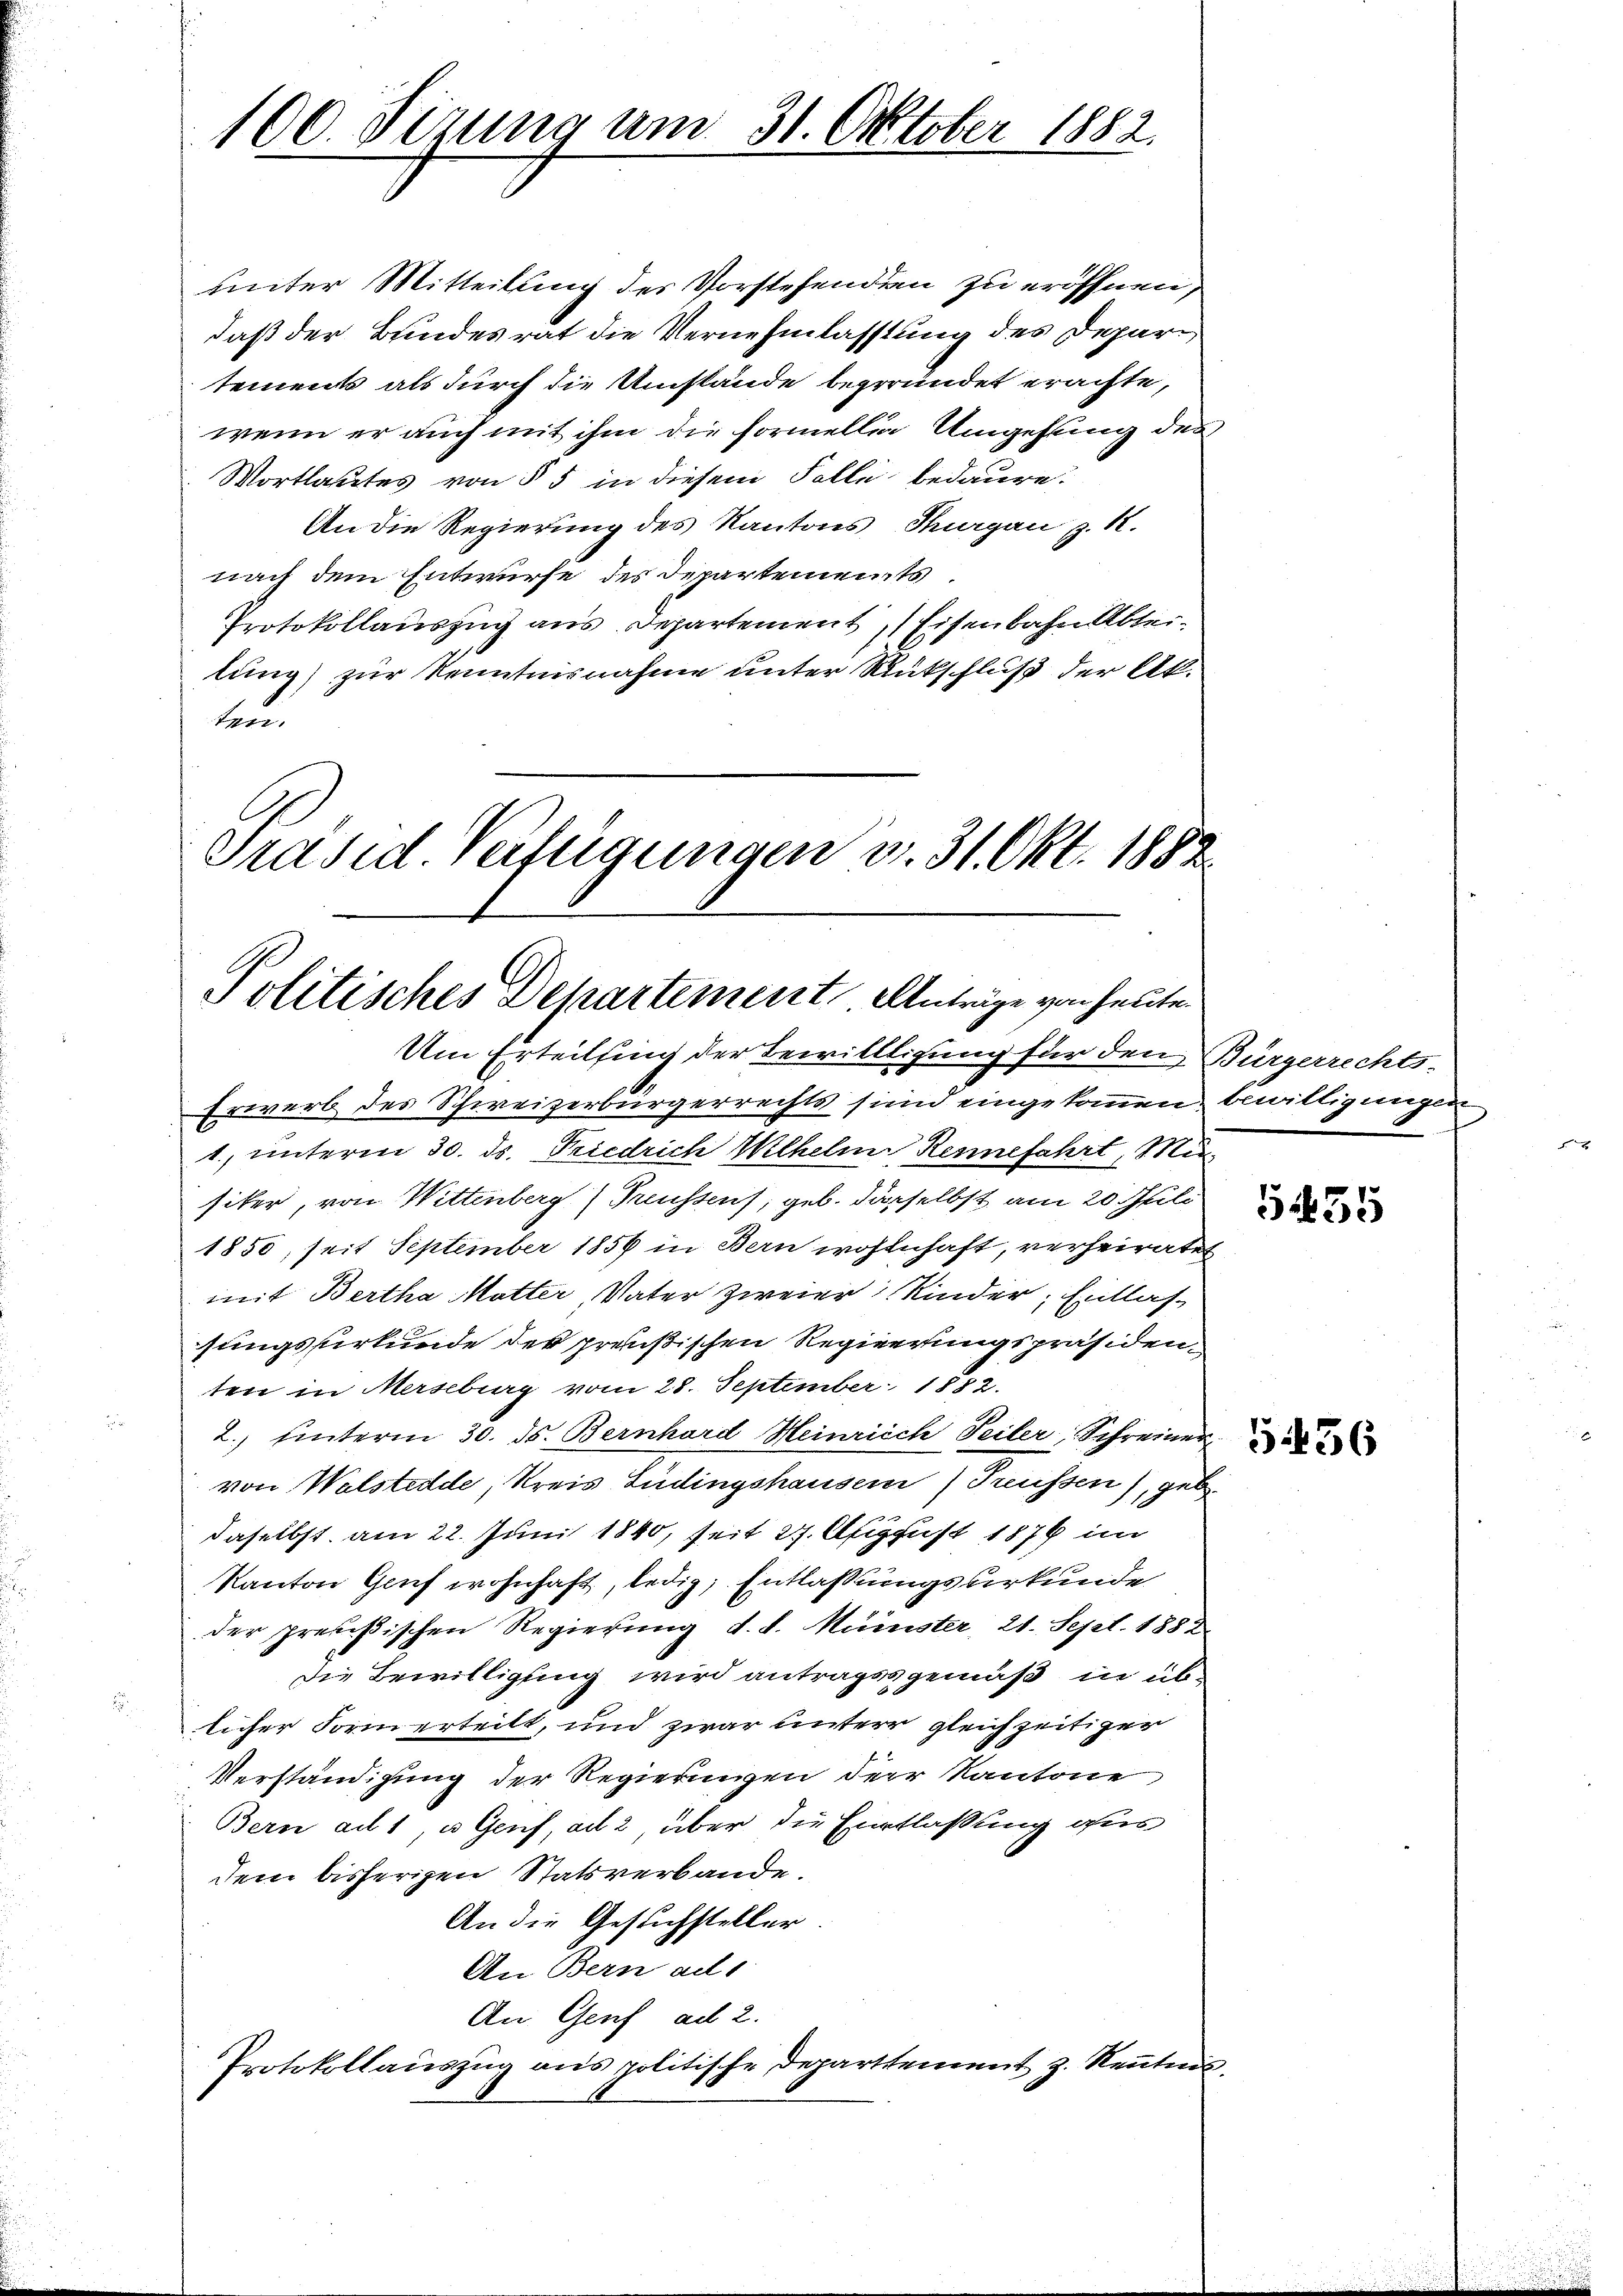
100. Fezung am 31. Oktober 1882

An die Regierung des Kantons Thurgau z. R.
nach dem Entwurfe des Departements
Protokollauszug aus Departement, Eisenbahn Ableilung) zur Kenntnisnahme unter Rutschluß der Aklun
Präsid. Verfügungen v. 31. Okt. 1882.

Politisches Departement Anträge von heute.

unter Mitteilung des Vorstehenden zu eröffnen,
daß der Bundesrat die Vernehmlassung des Departements als durch die Umstände begründet erachte,
wenn er auch mit ihm die formellig Umgehung des
Wortlautes von § 5 in diesem Falle bedaure.

Um Erteilsing der Bewillligung für den Bürgerrechts-
Erwerb des Schweizerbürgerrechts sind eingekommen bewilligungen,
1. unterm 30. ds. Friedrich Wilhelm Rennefahrt, Misiker, von Wittenberg) Treussens, geb. derselbst am 20. Mili
1850, seit September 1856 in Bern wohlnhaft, verheiratet
mit Bertha Mutter, Vater zweier Kinder; Entlassungsurkunde des preußischen Regierungspräsidenten in Merseburg vom 28. September 1882.
2. ŭnterm 30. ds. Bernhard Heinrich Teiler, Schreiner-
von Walsterde, Kreis Ludingshausern) Freussen), gebdaselbst am 22. Juni 1840, seit 27. August 1876 im
Kanton Genf wohnhaft, ledig, Entlassungsurkunde
der preußischen Regierung d. d. Münster, 21. Sept. 1882
die Bewilligung wird antragsgemäß in üblicher Form erteilt, und zwar untere gleichzeitiger
Verständigung der Regierungen der Kantone
Bern ad 1, u. Genf, ad 2, über die Entlassung aus
dem bisherigen Statsverbande.
An die Gesuchsteller
An Bern ade
An Genf ad 2.
Protokollauszug aus politische Departtement z. Kenntnis

5455

5456